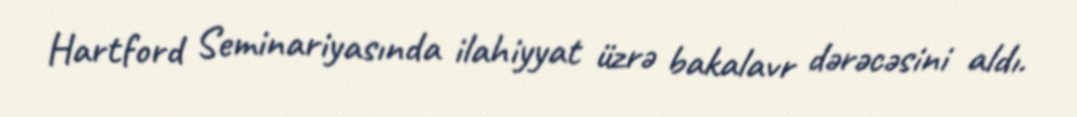
Hartford Seminariyasında ilahiyyat üzrə bakalavr dərəcəsini aldı.